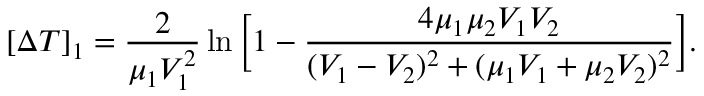
[ \Delta T ] _ { 1 } = { \frac { 2 } { \mu _ { 1 } V _ { 1 } ^ { 2 } } } \ln \Big [ 1 - { \frac { 4 \mu _ { 1 } \mu _ { 2 } V _ { 1 } V _ { 2 } } { ( V _ { 1 } - V _ { 2 } ) ^ { 2 } + ( \mu _ { 1 } V _ { 1 } + \mu _ { 2 } V _ { 2 } ) ^ { 2 } } } \Big ] .